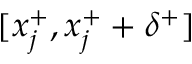
[ x _ { j } ^ { + } , x _ { j } ^ { + } + \delta ^ { + } ]